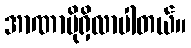
အာဏာပိုရှိလာပါတယ်။